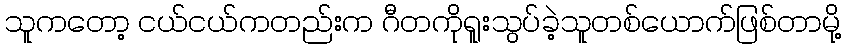
သူကတော့ ငယ်ငယ်ကတည်းက ဂီတကိုရူးသွပ်ခဲ့သူတစ်ယောက်ဖြစ်တာမို့